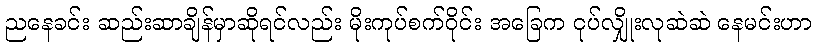
ညနေခင်း ဆည်းဆာချိန်မှာဆိုရင်လည်း မိုးကုပ်စက်ဝိုင်း အခြေက ငုပ်လျှိုးလုဆဲဆဲ နေမင်းဟာ